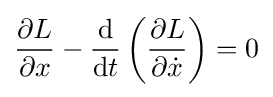
{\frac {\partial L}{\partial x}}-{\frac {\mathrm {d} }{\mathrm {d} t}}\left({\frac {\partial L}{\partial {\dot {x}}}}\right)=0